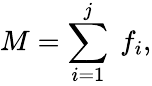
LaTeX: M=\sum_{i=1}^{j}\ f_{i},